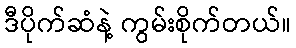
ဒီပိုက်ဆံနဲ့ ကွမ်းစိုက်တယ်။